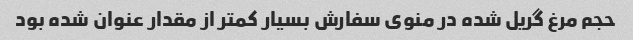
حجم مرغ گریل شده در منوی سفارش بسیار کمتر از مقدار عنوان شده بود